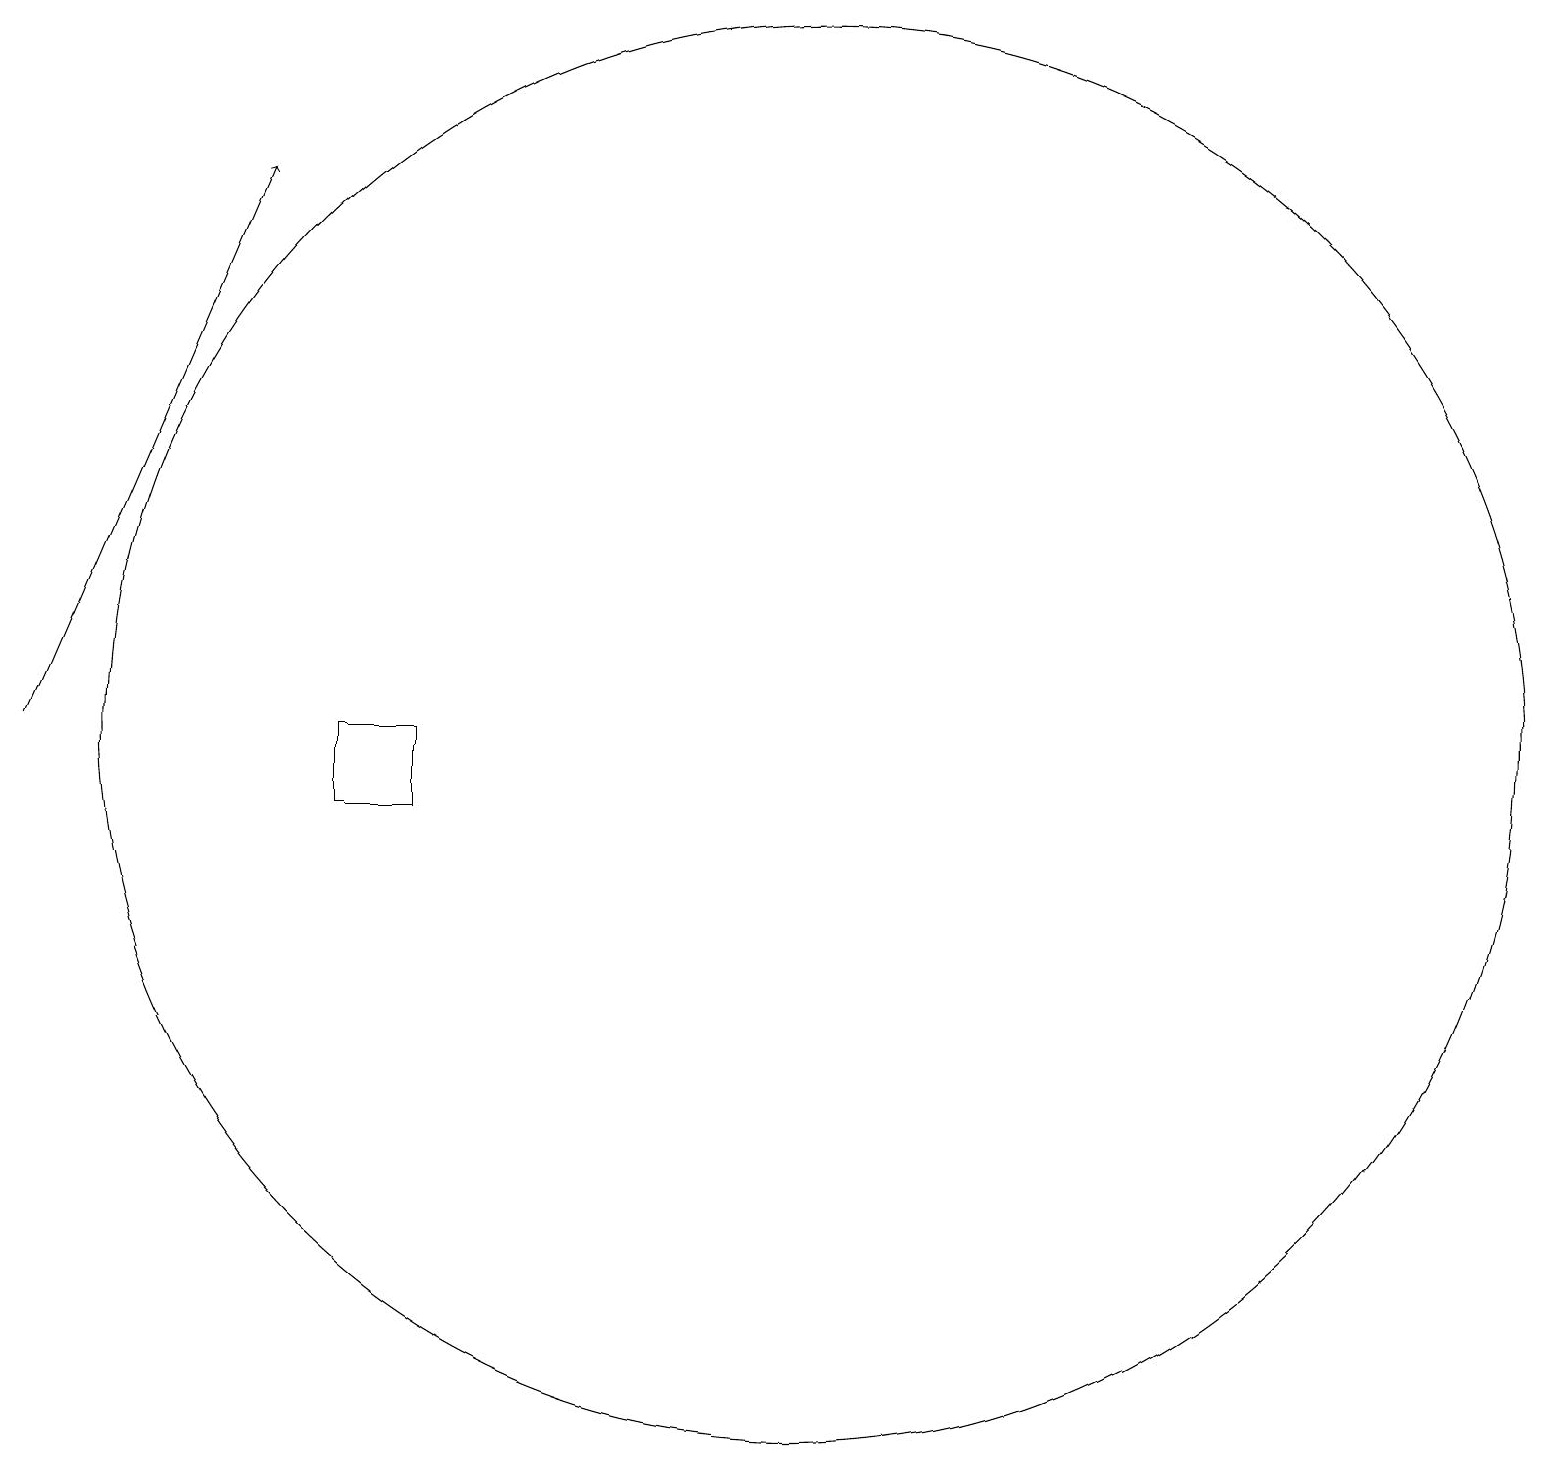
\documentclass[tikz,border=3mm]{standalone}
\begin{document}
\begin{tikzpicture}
\draw[->] (1,11) -- (4,18);
\draw (11,11) circle (9);
\draw (6,10) rectangle (5,11);
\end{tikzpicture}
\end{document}